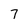
Character: 7